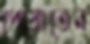
পোয়াতেন